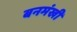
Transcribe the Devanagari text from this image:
बनमंखी